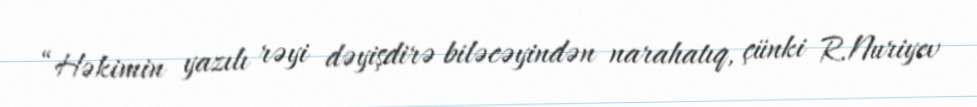
“Həkimin yazılı rəyi dəyişdirə biləcəyindən narahatıq, çünki R.Nuriyev